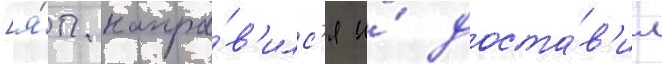
[я́п. напра́в'илс'я и́ доста́в'ил